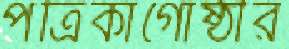
পত্রিকাগোষ্ঠীর